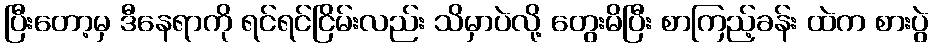
ပြီးတော့မှ ဒီနေရာကို ရင်ရင်ငြိမ်းလည်း သိမှာပဲလို့ တွေးမိပြီး စာကြည့်ခန်း ထဲက စားပွဲ